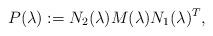
LaTeX: \begin{align*} P(\lambda) := N_2(\lambda) M(\lambda) N_1(\lambda)^T,\end{align*}